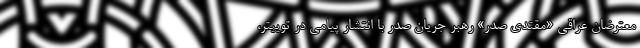
معترضان عراقی «مقتدی صدر» رهبر جریان صدر با انتشار پیامی در توییتر،